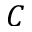
C